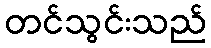
တင်သွင်းသည်